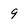
Character: 9